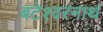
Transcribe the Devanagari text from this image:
बटेश्वरनाथ